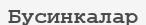
Бусинкалар